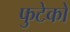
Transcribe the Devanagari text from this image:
फुटेको